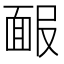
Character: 𩈑